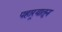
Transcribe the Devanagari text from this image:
पहार्‍यातून